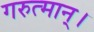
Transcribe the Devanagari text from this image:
गरुत्मान्।